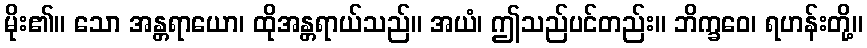
မိုး၏။ သော အန္တရာယော၊ ထိုအန္တရာယ်သည်။ အယံ၊ ဤသည်ပင်တည်း။ ဘိက္ခဝေ၊ ရဟန်းတို့။